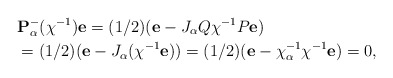
\begin{align*}&\mathbf{P}_{\alpha}^-(\chi^{-1}) \mathbf{e} =(1/2)(\mathbf{e}-J_{\alpha}Q\chi^{-1}P\mathbf{e})\\&=(1/2)(\mathbf{e}-J_{\alpha}(\chi^{-1}\mathbf{e})) =(1/2)(\mathbf{e}-\chi_{\alpha}^{-1}\chi^{-1}\mathbf{e})=0,\end{align*}